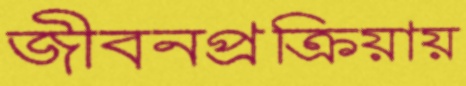
জীবনপ্রক্রিয়ায়